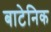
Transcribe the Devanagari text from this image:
बाटेनिक